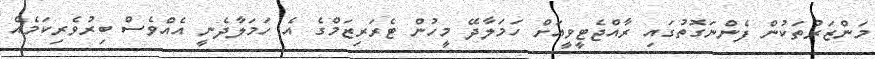
މަންޒަރުތަކުން ފެންނަގޮތުގައި ރާއްޖެޓީވީއަށް ހަމަލާދޭ މީހުން ޓެރަރިޒަމްގެ އެ ހަމަލާދެނީ އެއްވެސް ބިރުވެރިކަމެއް